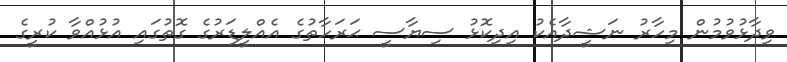
ވިދާޅުވުމުން މިހާރު ނަޝީދާއެކު އިދިކޮޅު ސިޔާސީ ޙަރަހާތުގެ އެއްލީޑަރުގެ ގޮތުގައި އުޅުއްވާ ކުރީގެ